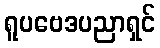
ရူပဗေဒပညာရှင်